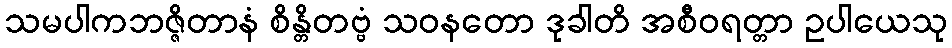
သမပါကဘဇ္ဇိတာနံ စိန္တိတဗ္ဗံ သဝနတော ဒုခါတိ အစီဝရတ္တာ ဥပါယေသု